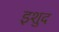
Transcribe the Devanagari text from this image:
इशुद